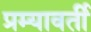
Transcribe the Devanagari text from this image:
प्रम्यावर्ती